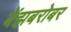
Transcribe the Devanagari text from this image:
बेंझबरोबर